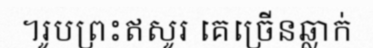
។រូបព្រះឥសូរ គេច្រើនឆ្លាក់